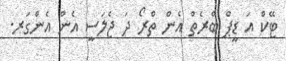
ޓޭކް އަ ޑީޕް ބްރެތް އެން ތްރޯ ދަ ޖެލަސީ އެން އެންގަރ.